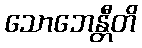
သောဘေန္တီတိ